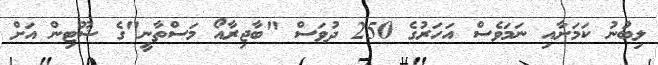
ލިބުނު ކަމަށާއި ނަމަވެސް އަހަރުގެ 250 ދުވަސް "ބާޖިރާއޯ މަސްތާނީ"ގެ ޝޫޓިން އަށް